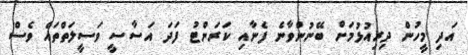
އަދި މީހުން ދިިރިއުޅުމަށް ބޭނުންވާނެ ފެނާއި ކަރަންޓު ފަދަ އަސާސީ ވަސީލަތްތައް ވެސް